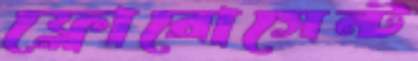
ফ্লোরোসেন্ট